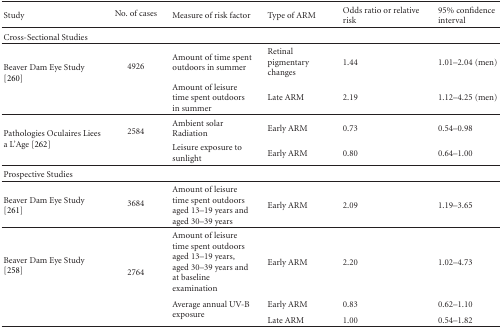
| Study | No. of cases | Measure of risk factor | Type of ARM | Odds ratio or relative risk | 95% confidence interval |
 | --- | --- | --- | --- | --- | --- |
 | Cross-Sectional Studies |  |  |  |  |  |
 | <ROWSPAN=2> Beaver Dam Eye Study [260] | <ROWSPAN=2> 4926 | Amount of time spent outdoors in summer | Retinal pigmentary changes | 1.44 | 1.01–2.04 (men) |
 | Amount of leisure time spent outdoors in summer | Late ARM | 2.19 | 1.12–4.25 (men) |
 | <ROWSPAN=2> Pathologies Oculaires Liees a L'Age [262] | <ROWSPAN=2> 2584 | Ambient solar Radiation | Early ARM | 0.73 | 0.54–0.98 |
 | Leisure exposure to sunlight | Early ARM | 0.80 | 0.64–1.00 |
 | Prospective Studies |  |  |  |  |  |
 | Beaver Dam Eye Study [261] | 3684 | Amount of leisure time spent outdoors aged 13–19 years and aged 30–39 years | Early ARM | 2.09 | 1.19–3.65 |
 | <ROWSPAN=3> Beaver Dam Eye Study [258] | <ROWSPAN=3> 2764 | Amount of leisure time spent outdoors aged 13–19 years, aged 30–39 years and at baseline examination | Early ARM | 2.20 | 1.02–4.73 |
 | <ROWSPAN=2> Average annual UV-B exposure | Early ARM | 0.83 | 0.62–1.10 |
 | Late ARM | 1.00 | 0.54–1.82 |